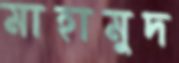
মাহামুদ